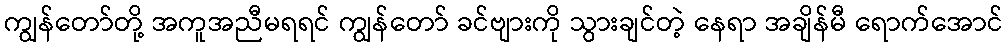
ကျွန်တော်တို့ အကူအညီမရရင် ကျွန်တော် ခင်ဗျားကို သွားချင်တဲ့ နေရာ အချိန်မီ ရောက်အောင်